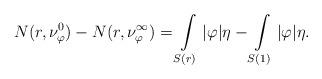
LaTeX: \begin{align*}N(r,\nu^0_{\varphi}) - N(r,\nu^{\infty}_{\varphi}) =\int\limits_{S(r)} |\varphi| \eta - \int\limits_{S(1)} |\varphi| \eta .\end{align*}